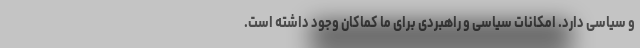
و سیاسی دارد. امکانات سیاسی و راهبردی برای ما کماکان وجود داشته است.